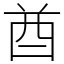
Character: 酋